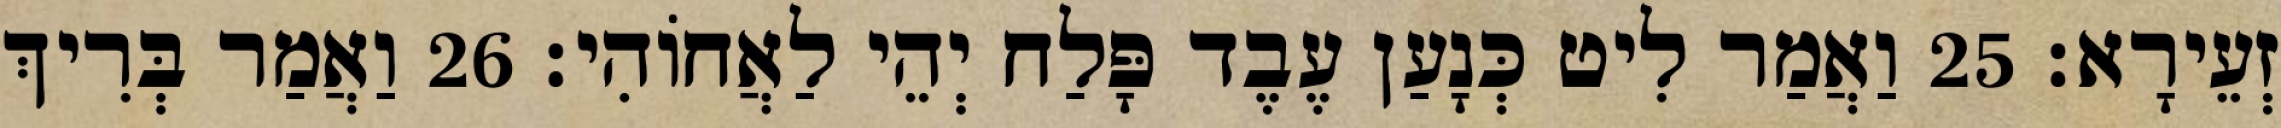
זְעֵירָא׃ 25 וַאֲמַר לִיט כְּנָעַן עֶבֶד פָּלַח יְהֵי לַאֲחוֹהִי׃ 26 וַאֲמַר בְּרִיךְ